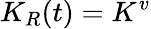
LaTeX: K_{R}(t)=K^{v}